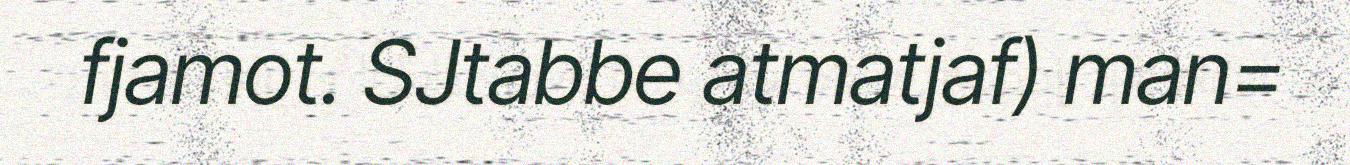
fjamot. SJtabbe atmatjaf) man=